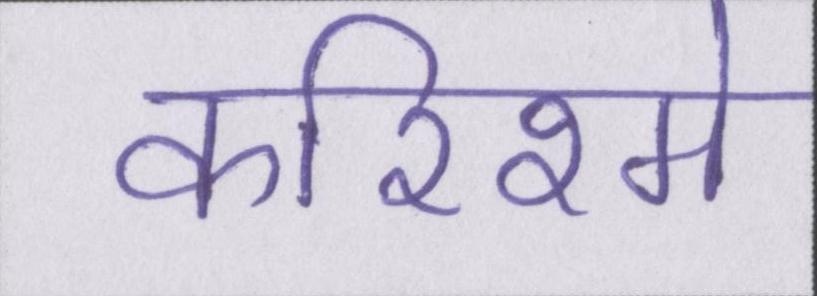
करिश्मे